Indian journal of veterinary science and animal husbandry - Volumes 28-29, 1958-1959
Year: 1958
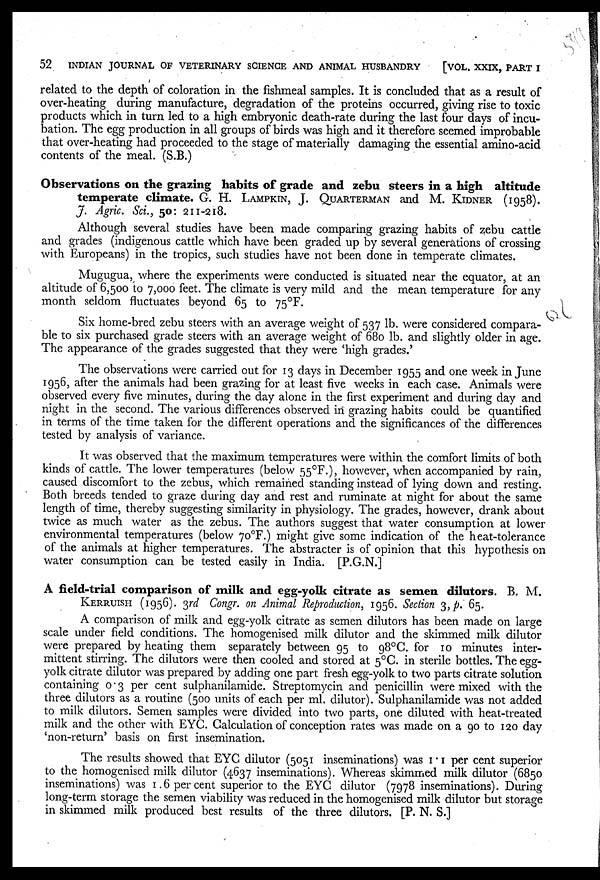
52
INDIAN JOURNAL OF VETERINARY SCIENCE AND ANIMAL HUSBANDRY
[VOL. XXIX, PART I
related to the depth of coloration in the fishmeal samples. It is concluded that as a result of
over-heating during manufacture, degradation of the proteins occurred, giving rise to toxic
products which in turn led to a high embryonic death-rate during the last four days of incu-
bation. The egg production in all groups of birds was high and it therefore seemed improbable
that over-heating had proceeded to the stage of materially damaging the essential amino-acid
contents of the meal. (S.B.)
Observations on the grazing habits of grade and zebu steers in a high altitude
temperate climate. G. H. LAMPKIN, J.QUARTERMAN and M. KIDNER (1958).
J. Agric. Sci., 50: 211-218.
Although several studies have been made comparing grazing habits of zebu cattle
and grades (indigenous cattle which have been graded up by several generations of crossing
with Europeans) in the tropics, such studies have not been done in temperate climates.
Mugugua, where the experiments were conducted is situated near the equator, at an
altitude of 6,500 to 7,000 feet. The climate is very mild and the mean temperature for any
month seldom fluctuates beyond 65 to 75°F.
Six home-bred zebu steers with an average weight of 537 lb. were considered compara-
ble to six purchased grade steers with an average weight of 680 lb. and slightly older in age.
The appearance of the grades suggested that they were 'high grades.'
The observations were carried out for 13 days in December 1955 and one week in June
1956, after the animals had been grazing for at least five weeks in each case. Animals were
observed every five minutes, during the day alone in the first experiment and during day and
night in the second. The various differences observed in grazing habits could be quantified
in terms of the time taken for the different operations and the significances of the differences
tested by analysis of variance.
It was observed that the maximum temperatures were within the comfort limits of both
kinds of cattle. The lower temperatures (below 55°F.), however, when accompanied by rain,
caused discomfort to the zebus, which remained standing instead of lying down and resting.
Both breeds tended to graze during day and rest and ruminate at night for about the same
length of time, thereby suggesting similarity in physiology. The grades, however, drank about
twice as much water as the zebus. The authors suggest that water consumption at lower
environmental temperatures (below 70°F.) might give some indication of the heat-tolerance
of the animals at higher temperatures. The abstracter is of opinion that this hypothesis on
water consumption can be tested easily in India. [P.G.N.]
A field-trial comparison of milk and egg-yolk citrate as semen dilutors. B. M.
KERRUISH (1956). 3rd Congr. on Animal Reproduction, 1956. Section 3, p. 65.
A comparison of milk and egg-yolk citrate as semen dilutors has been made on large
scale under field conditions. The homogenised milk dilutor and the skimmed milk dilutor
were prepared by heating them separately between 95 to 98°C. for 10 minutes inter-
mittent stirring. The dilutors were then cooled and stored at 5°C. in sterile bottles. The egg-
yolk citrate dilutor was prepared by adding one part fresh egg-yolk to two parts citrate solution
containing 0.3 per cent sulphanilamide. Streptomycin and penicillin were mixed with the
three dilutors as a routine (500 units of each per ml. dilutor). Sulphanilamide was not added
to milk dilutors. Semen samples were divided into two parts, one diluted with heat-treated
milk and the other with EYC. Calculation of conception rates was made on a 90 to 120 day
'non-return' basis on first insemination.
The results showed that EYC dilutor (5051 inseminations) was 1.1 per cent superior
to the homogenised milk dilutor (4637 inseminations). Whereas skimmed milk dilutor (6850
inseminations) was 1.6 per cent superior to the EYC dilutor (7978 inseminations). During
long-term storage the semen viability was reduced in the homogenised milk dilutor but storage
in skimmed milk produced best results of the three dilutors. [P. N. S.]